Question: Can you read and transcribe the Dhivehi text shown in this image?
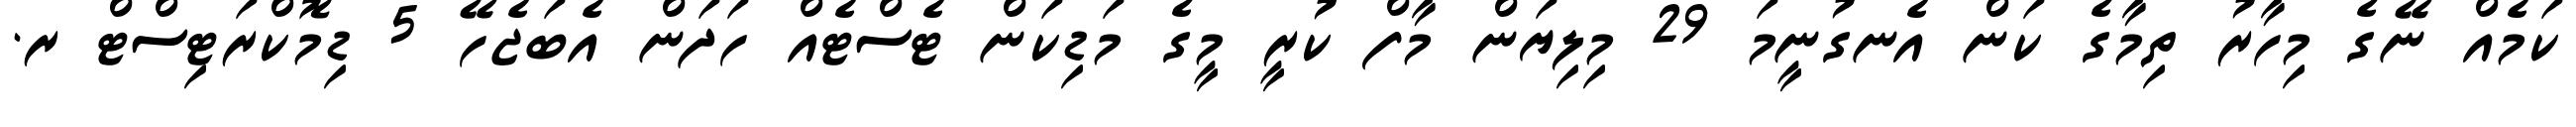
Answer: ކަމެއް ނޭގެ މިހާރު ތިމާގެ ކަން އެނގުނީމަ 29 މިލިޔަން މާފް ކުރީ މީގެ މަޑިކަން ޓެސްޓެއް ހަދަން އެބަޖެހޭ 5 ޑިމޮކްރަޓިސްޓް ރ.